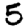
Digit: 5